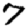
Digit: 7